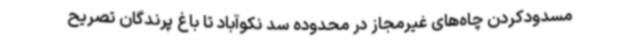
مسدودکردن چاه‌های غیرمجاز در محدوده سد نکوآباد تا باغ پرندگان تصریح